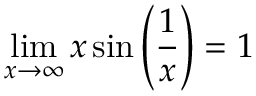
\operatorname* { l i m } _ { x \to \infty } x \sin \left( { \frac { 1 } { x } } \right) = 1